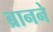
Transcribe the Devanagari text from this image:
ब्रानने